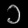
Digit: ၁